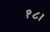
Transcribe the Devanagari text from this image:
१८।